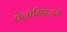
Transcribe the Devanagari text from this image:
वेलोसिरेप्‍टर्स